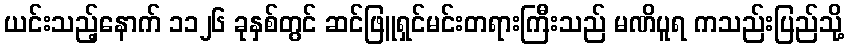
ယင်းသည့်နောက် ၁၁၂၆ ခုနှစ်တွင် ဆင်ဖြူရှင်မင်းတရားကြီးသည် မဏိပူရ ကသည်းပြည်သို့